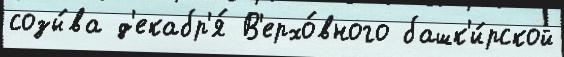
созы́ва д'екабр'я́ В'ерхо́вного башк'и́рской